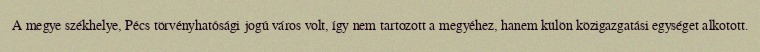
A megye székhelye, Pécs törvényhatósági jogú város volt, így nem tartozott a megyéhez, hanem külön közigazgatási egységet alkotott.